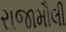
રાજામૌલી